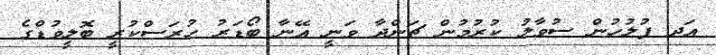
އަދ ފުލުހުން ސުވާލު ކުރުމުން ޗަންދާ ވަނީ އޭނާ ބޯޑަރު ހުރަސްކުރީ ބޮލީވުޑްގެ